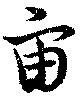
宙